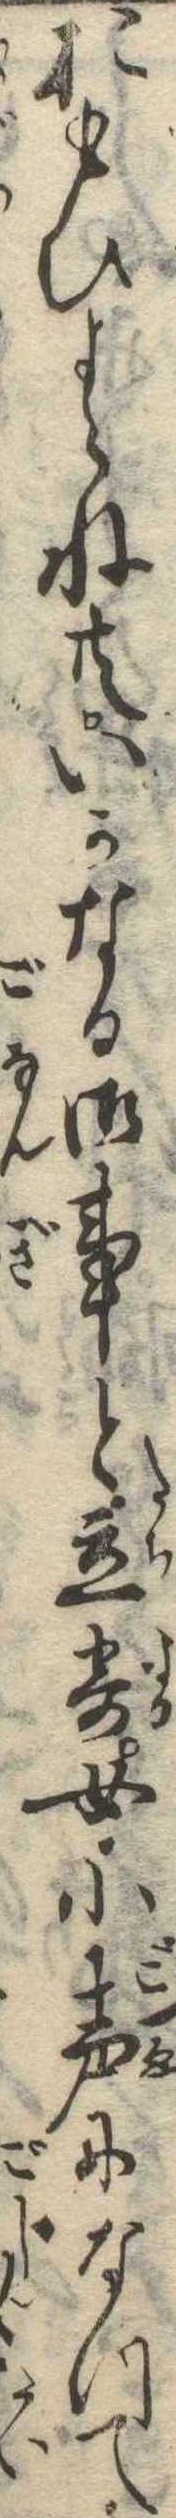
おもひよらね共いかなる御事と立寄女小声になつて